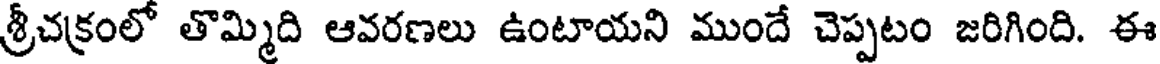
శ్రీచక్రంలో తొమ్మిది ఆవరణలు ఉంటాయని ముందే చెప్పటం జరిగింది. ఈ